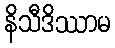
နိသီဒိဿာမ